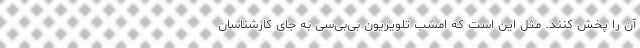
آن را پخش کنند. مثل این است که امشب تلویزیون بی‌بی‌سی به جای کارشناسان